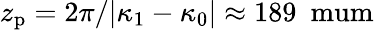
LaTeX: z_{\mathrm{{p}}}=2\pi/|\kappa_{1}-\kappa_{0}|\approx 189~\mathrm{\ mum}